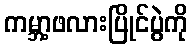
ကမ္ဘာ့ဖလားပြိုင်ပွဲကို